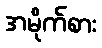
အမိုက်စား